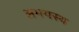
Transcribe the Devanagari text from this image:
अभयस्थ